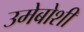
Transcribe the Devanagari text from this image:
उमेबोशी